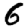
Digit: 6